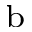
^ \mathrm { b }